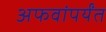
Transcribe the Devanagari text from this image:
अफवांपर्यंत